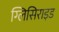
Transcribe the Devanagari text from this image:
ग्लिसिराइड